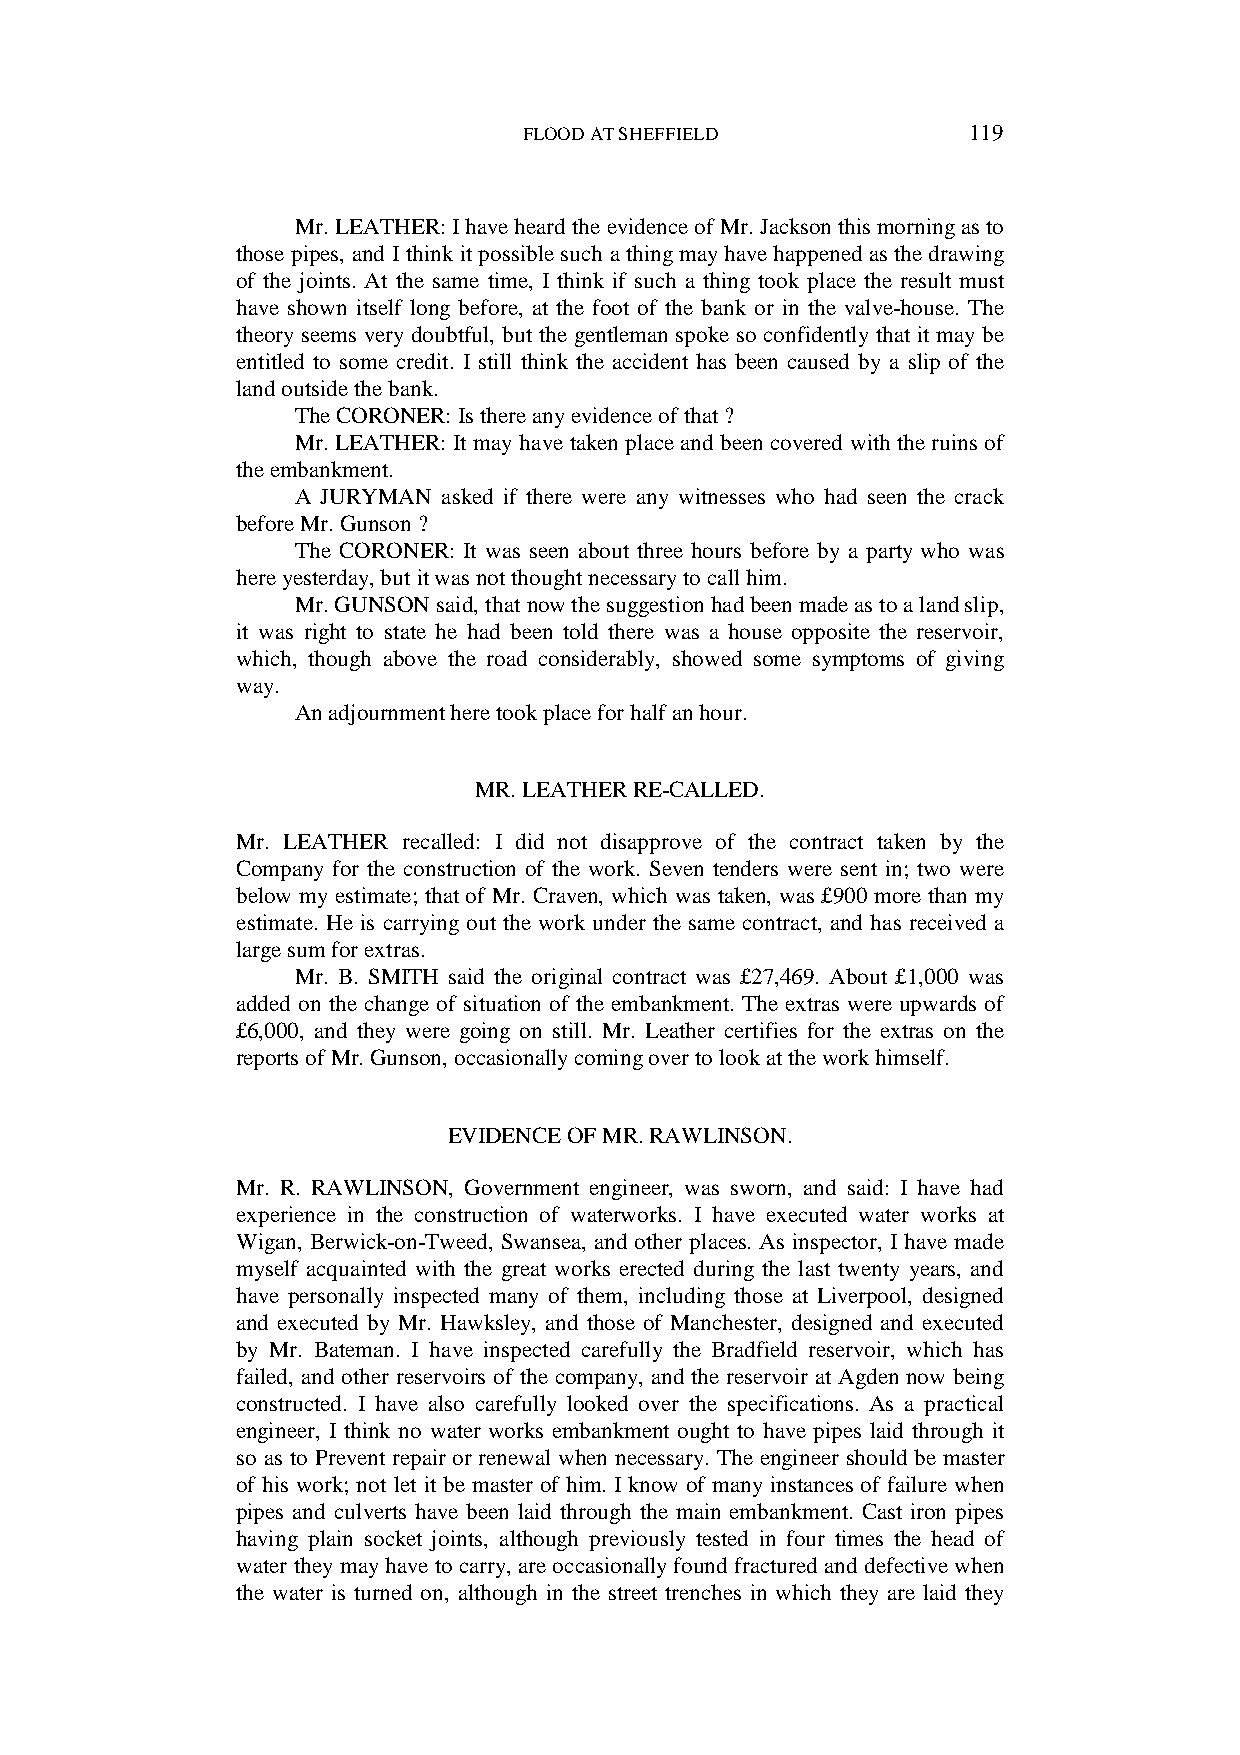
FLOOD AT SHEFFIELD           119
 Mr. LEATHER: I have heard the evidence of Mr. Jackson this morning as to
 those pipes, and I think it possible such a thing may have happened as the drawing
 of the joints. At the same time, I think if such a thing took place the result must
 have shown itself long before, at the foot of the bank or in the valve-house. The
 theory seems very doubtful, but the gentleman spoke so confidently that it may be
 entitled to some credit. I still think the accident has been caused by a slip of the
 land outside the bank.
 The CORONER: Is there any evidence of that ?
 Mr. LEATHER: It may have taken place and been covered with the ruins of
 the embankment.
 A JURYMAN asked if there were any witnesses who had seen the crack
 before Mr. Gunson ?
 The CORONER: It was seen about three hours before by a party who was
 here yesterday, but it was not thought necessary to call him.
 Mr. GUNSON said, that now the suggestion had been made as to a land slip,
 it was right to state he had been told there was a house opposite the reservoir,
 which, though above the road considerably, showed some symptoms of giving
 way.
 An adjournment here took place for half an hour.
 MR. LEATHER RE-CALLED.
 Mr. LEATHER recalled: I did not disapprove of the contract taken by the
 Company for the construction of the work. Seven tenders were sent in; two were
 below my estimate; that of Mr. Craven, which was taken, was £900 more than my
 estimate. He is carrying out the work under the same contract, and has received a
 large sum for extras.
 Mr. B. SMITH said the original contract was £27,469. About £1,000 was
 added on the change of situation of the embankment. The extras were upwards of
 £6,000, and they were going on still. Mr. Leather certifies for the extras on the
 reports of Mr. Gunson, occasionally coming over to look at the work himself.
 EVIDENCE OF MR. RAWLINSON.
 Mr. R. RAWLINSON, Government engineer, was sworn, and said: I have had
 experience in the construction of waterworks. I have executed water works at
 Wigan, Berwick-on-Tweed, Swansea, and other places. As inspector, I have made
 myself acquainted with the great works erected during the last twenty years, and
 have personally inspected many of them, including those at Liverpool, designed
 and executed by Mr. Hawksley, and those of Manchester, designed and executed
 by Mr. Bateman. I have inspected carefully the Bradfield reservoir, which has
 failed, and other reservoirs of the company, and the reservoir at Agden now being
 constructed. I have also carefully looked over the specifications. As a practical
 engineer, I think no water works embankment ought to have pipes laid through it
 so as to Prevent repair or renewal when necessary. The engineer should be master
 of his work; not let it be master of him. I know of many instances of failure when
 pipes and culverts have been laid through the main embankment. Cast iron pipes
 having plain socket joints, although previously tested in four times the head of
 water they may have to carry, are occasionally found fractured and defective when
 the water is turned on, although in the street trenches in which they are laid they